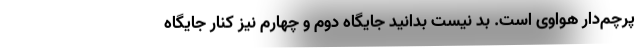
پرچم‌دار هواوی است. بد نیست بدانید جایگاه دوم و چهارم نیز کنار جایگاه